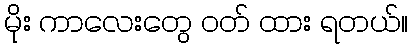
မိုး ကာလေးတွေ ဝတ် ထား ရတယ်။